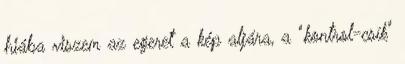
hiába viszem az egeret a kép aljára, a "kontrol-csík"